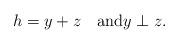
LaTeX: \begin{align*}h=y+z\quad\mbox{and}y\perp z.\end{align*}